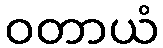
ဝတာယံ